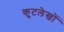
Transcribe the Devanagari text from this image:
कूटलेखों